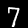
Label: 7